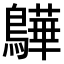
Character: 𫛓